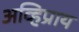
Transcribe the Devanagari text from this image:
अव्हिप्राय